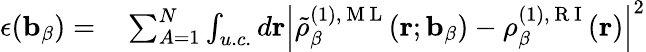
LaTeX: \begin{array}{rl}{\epsilon(\mathbf{b}_{\beta})=}&{{}\sum_{A=1}^{N}\int_{u.c.}d\mathbf{r}\left|\tilde{\rho}_{\beta}^{(1),\mathrm{~M~L~}}(\mathbf{r};\mathbf{b}_{\beta})-\rho_{\beta}^{(1),\mathrm{~R~I~}}(\mathbf{r})\right|^{2}}\end{array}